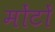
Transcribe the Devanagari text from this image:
मोंटों